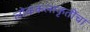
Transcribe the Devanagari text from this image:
लोककलाकृतींचा